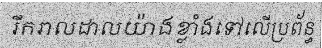
រីករាលដាលយ៉ាងខ្លាំងទៅលើប្រព័ន្ធ